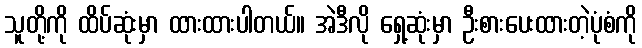
သူတို့ကို ထိပ်ဆုံးမှာ ထားထားပါတယ်။ အဲဒီလို ရှေ့ဆုံးမှာ ဦးစားပေးထားတဲ့ပုံစံကို